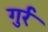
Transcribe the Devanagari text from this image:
गुर्र